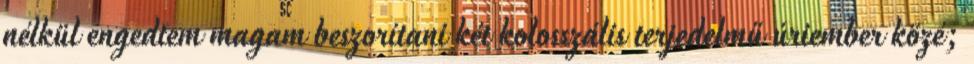
nélkül engedtem magam beszorítani két kolosszális terjedelmű úriember közé;